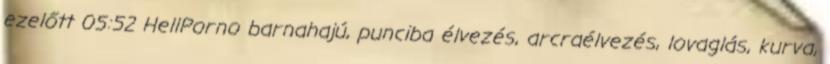
ezelőtt 05:52 HellPorno barnahajú, punciba élvezés, arcraélvezés, lovaglás, kurva,